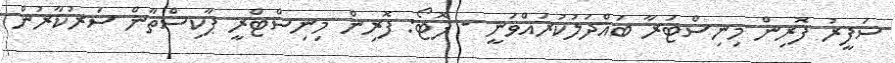
ސަފީރު ފޮރިން މިނިސްޓަރާ ބައްދަލުކުރައްވަނީ - ފޮޓޯ: ފޮރިން މިނިސްޓްރީ ޕާކިސްތާން ސަރުކާރުން